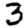
Digit: 3